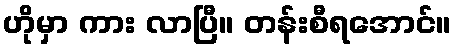
ဟိုမှာ ကား လာပြီ။ တန်းစီရအောင်။